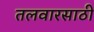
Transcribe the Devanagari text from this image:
तलवारसाठी